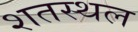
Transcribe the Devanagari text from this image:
शतस्थल